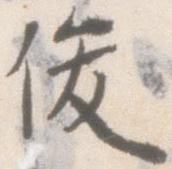
俊